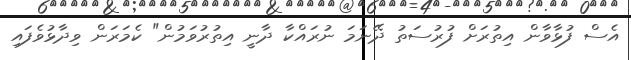
އެސް ފުޅާވާން އިތުރަށް ފުރުސަތު ދޭނަމަ ނުރައްކާ ދާނީ އިތުރުވަމުން" ކެމަރަން ވިދާޅުވެފައި